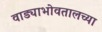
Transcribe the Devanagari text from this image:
वाड्याभोवतालच्या